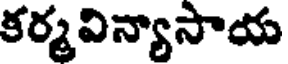
కర్మవిన్యాసాయ